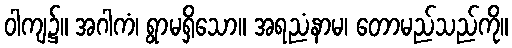
ဝါကျ၌။ အဂါကံ၊ ရွာမရှိသော။ အရညံနာမ၊ တောမည်သည်ကို။